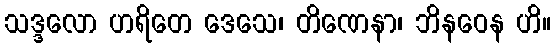
သဒ္ဒလော ဟရိတေ ဒေသေ၊ တိဏေနာ၊ ဘိနဝေန ဟိ။